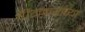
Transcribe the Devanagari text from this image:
पिगळ्यांच्या